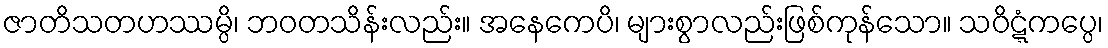
ဇာတိသတဟဿမ္ပိ၊ ဘဝတသိန်းလည်း။ အနေကေပိ၊ များစွာလည်းဖြစ်ကုန်သော။ သဝိဋ္ဋံကပ္ပေ၊